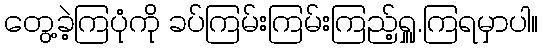
တွေ့ခဲ့ကြပုံကို ခပ်ကြမ်းကြမ်းကြည့်ရှူ.ကြရမှာပါ။